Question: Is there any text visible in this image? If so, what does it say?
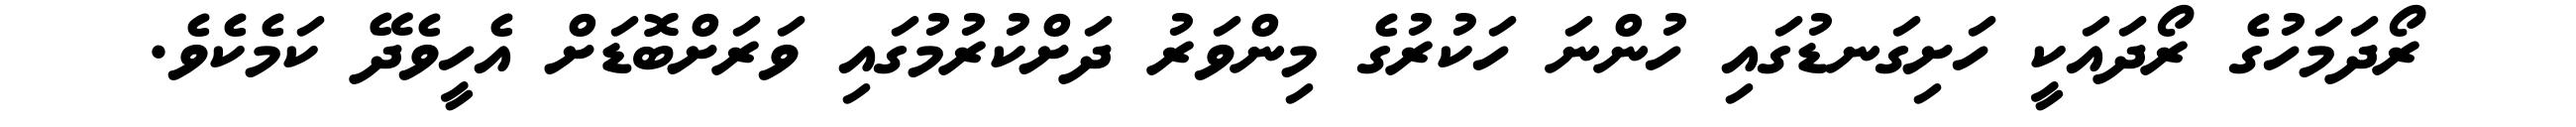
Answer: ރޯދަމަހުގެ ރޯދައަކީ ހަށިގަނޑުގައި ހުންނަ ހަކުރުގެ މިންވަރު ދަށްކުރުމުގައި ވަރަށްބޮޑަށް އެހީވެދޭ ކަމެކެވެ.